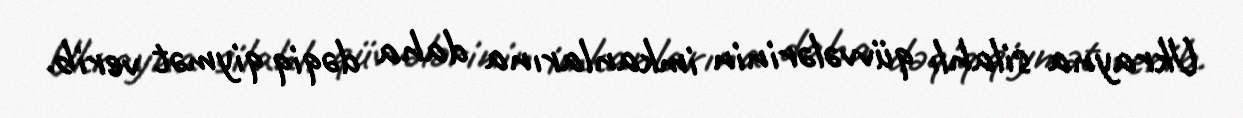
Ukrayna silahlı qüvvələrinin imkanlarına daha dəqiq qiymət verib.